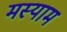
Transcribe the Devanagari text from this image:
मस्याम